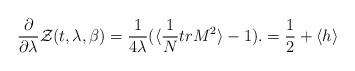
LaTeX: \begin{align*}{\partial\over\partial\lambda}{\cal Z}(t,\lambda,\beta)= {1\over 4\lambda}(\langle{1\over N} tr M^2\rangle -1).={1\over 2}+\langle h \rangle\end{align*}